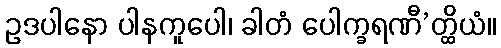
ဥဒပါနော ပါနကူပေါ၊ ခါတံ ပေါက္ခရဏီ’တ္ထိယံ။